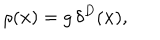
\rho ( { \bf x } ) = g \, \delta ^ { D } ( { \bf x } ) ,